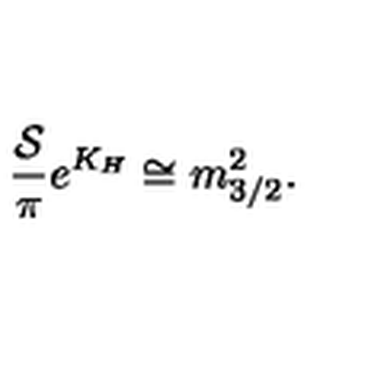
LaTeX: { \frac { \cal S } { \pi } } e ^ { K _ { H } } \cong m _ { 3 / 2 } ^ { 2 } .